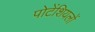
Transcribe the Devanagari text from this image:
पोटेंशियलों